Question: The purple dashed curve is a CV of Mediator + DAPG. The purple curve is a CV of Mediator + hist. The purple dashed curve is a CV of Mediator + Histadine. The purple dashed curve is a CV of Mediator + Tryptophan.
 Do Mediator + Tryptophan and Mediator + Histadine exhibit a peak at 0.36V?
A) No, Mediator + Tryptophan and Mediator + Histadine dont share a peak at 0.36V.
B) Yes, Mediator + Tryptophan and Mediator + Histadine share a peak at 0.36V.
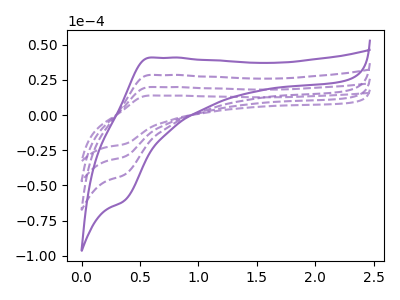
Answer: <think>The purple dashed curve "Mediator + DAPG" has an anodic peak at (0.60V, 28.45uA) and a cathodic peak at (0.35V, -42.65uA). The purple curve "Mediator + hist" has an anodic peak at (0.60V, 40.80uA) and a cathodic peak at (0.35V, -61.10uA). The purple dashed curve "Mediator + Histadine" has an anodic peak at (0.60V, 56.90uA) and a cathodic peak at (0.35V, -85.30uA). The purple dashed curve "Mediator + Tryptophan" has an anodic peak at (0.60V, 85.40uA) and a cathodic peak at (0.35V, -127.95uA).</think>
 <answer>B) Yes, "Mediator + Tryptophan" and "Mediator + Histadine" share a peak at 0.36V.</answer>
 <eval>B</eval>